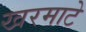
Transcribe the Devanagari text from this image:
खरमाटे